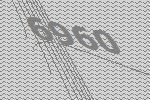
6960